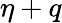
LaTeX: \eta+q